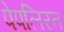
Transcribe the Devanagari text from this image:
पेपलिस्त